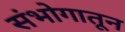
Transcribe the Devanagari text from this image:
संभोगातून